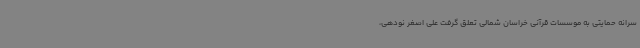
سرانه حمایتی به موسسات قرآنی خراسان شمالی تعلق گرفت علی اصغر نودهی،